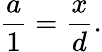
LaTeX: {\frac{a}{1}}={\frac{x}{d}}.